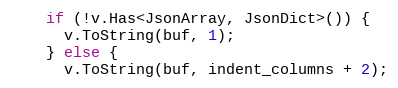
Language: C++
    if (!v.Has<JsonArray, JsonDict>()) {
      v.ToString(buf, 1);
    } else {
      v.ToString(buf, indent_columns + 2);